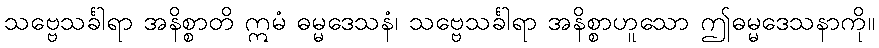
သဗ္ဗေသင်္ခါရာ အနိစ္စာတိ ဣမံ ဓမ္မဒေသနံ၊ သဗ္ဗေသင်္ခါရာ အနိစ္စာဟူသော ဤဓမ္မဒေသနာကို။